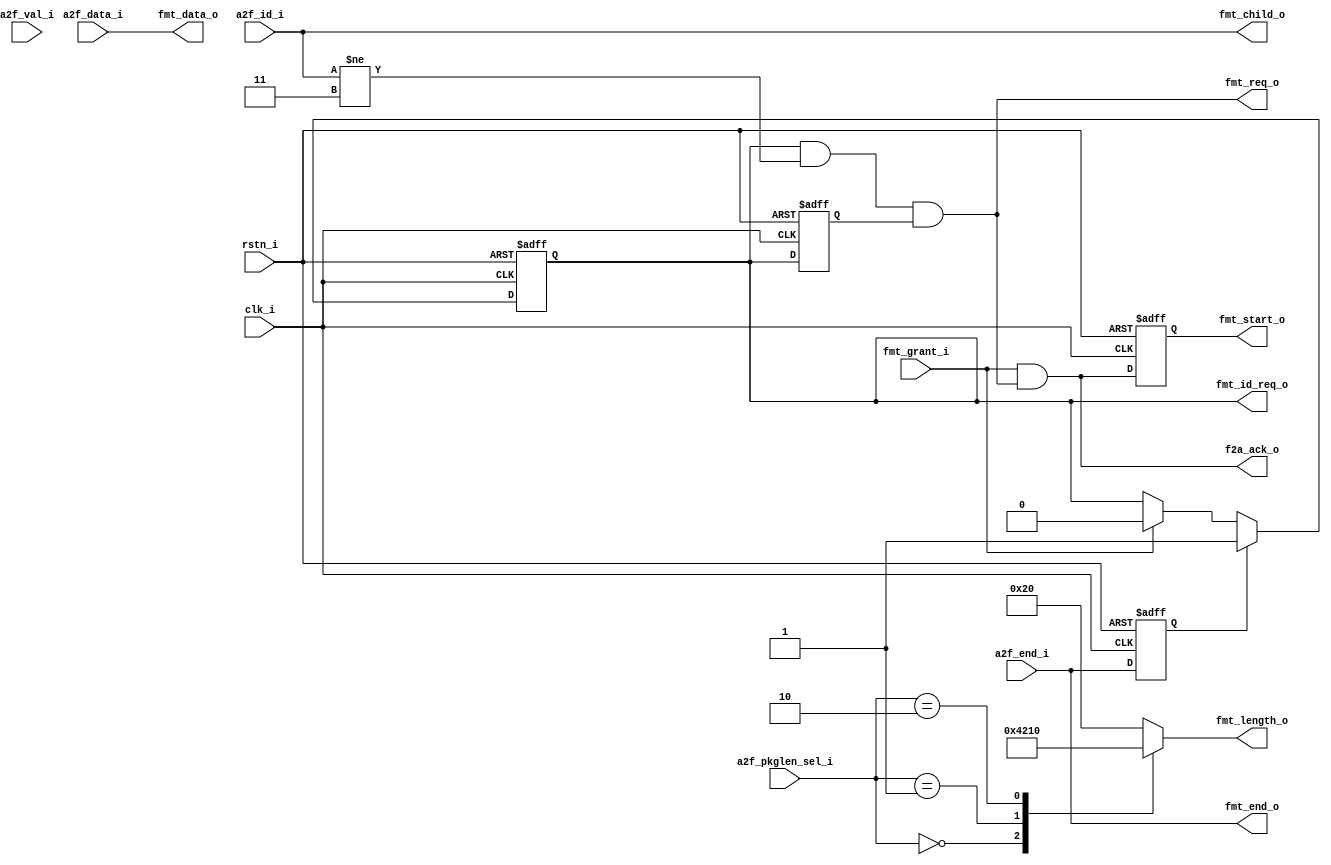
/***************<MCDF  formatter>*********************/
`timescale 1ns/100ps
/***************<>*********************/
module formatter
(
    input   wire            clk_i,
                            rstn_i,

    input   wire            a2f_val_i,//!!!
    input   wire    [1:0]   a2f_id_i,
    input   wire    [31:0]  a2f_data_i,
    input   wire    [2:0]   a2f_pkglen_sel_i,

    input   wire            fmt_grant_i,
    
    input   wire            a2f_end_i,//arbiterend
    
    output  wire            f2a_ack_o,
    output  reg             fmt_id_req_o,

    output  wire    [1:0]   fmt_child_o,
    output  reg     [5:0]   fmt_length_o,
    output  wire            fmt_req_o,
    output  wire    [31:0]  fmt_data_o,
    output  reg             fmt_start_o,
    output  wire            fmt_end_o

);
/***************<>*********************/
reg fmt_end_d1;//end
reg fmt_id_req_o_d1;//fmt_id_req_o,fmt_req
/***************<>*********************/
//fmt_id_req_o
always @(posedge clk_i or negedge rstn_i) begin
    if(~rstn_i)
        fmt_id_req_o_d1<=0;
    else
        fmt_id_req_o_d1<=fmt_id_req_o;
end
// >>>fmt_end_d1fmt_id_req_o,
//end
always @(posedge clk_i or negedge rstn_i) begin
    if(~rstn_i)
        fmt_end_d1<=0;
    else
        fmt_end_d1<=fmt_end_o;
end
// >>>fmt_id_req_o<<<
//1 fmt_id_req_o11
always @(posedge clk_i or negedge rstn_i) begin
    if(~rstn_i)begin
        fmt_id_req_o<=1;//
    end
    else if(fmt_end_d1)begin//endstart
        fmt_id_req_o<=1;
    end
    else if(fmt_grant_i)begin
        fmt_id_req_o<=0;
    end
    else
        fmt_id_req_o<=fmt_id_req_o;
end
// >>> fmt_start_o f2a_ack_o
always @(posedge clk_i or negedge rstn_i) begin
    if(~rstn_i)
        fmt_start_o<=0;
    else
        fmt_start_o<=f2a_ack_o;
end
/***************<>*********************/
// >>>fmt_req_o<<<
//11 fmt_req_o,, fmt_grant_i 
//   11&fmt_id_req_o,
assign  fmt_req_o=fmt_id_req_o & (a2f_id_i!=2'b11) & fmt_id_req_o_d1;
//ackslave
assign  f2a_ack_o=fmt_grant_i & fmt_req_o;
//
assign  fmt_end_o=a2f_end_i;//arbiterendarbiterend
assign  fmt_data_o=a2f_data_i;
assign  fmt_child_o=a2f_id_i;
always @(*) begin//slave_FIFO
    case(a2f_pkglen_sel_i) 
        3'b000:fmt_length_o<=6'd4;
        3'b001:fmt_length_o<=6'd8;
        3'b010:fmt_length_o<=6'd16;
        3'b011:fmt_length_o<=6'd32;
        default: 
            fmt_length_o<=6'd32;
    endcase
end

endmodule